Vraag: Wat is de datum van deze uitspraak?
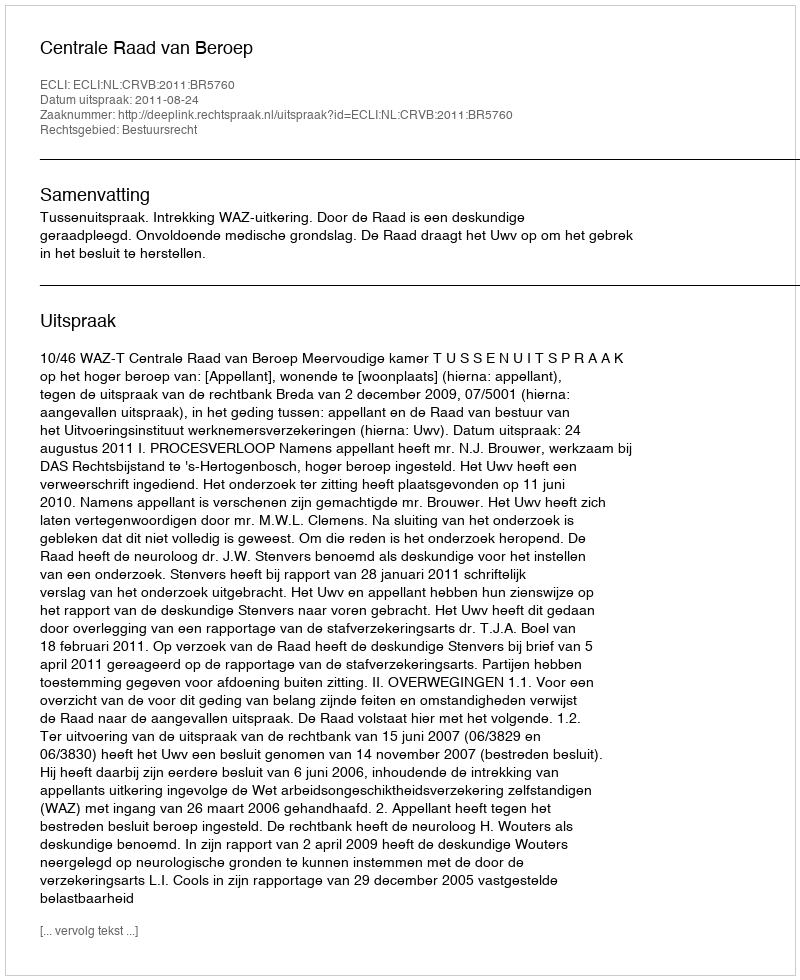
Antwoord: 2011-08-24